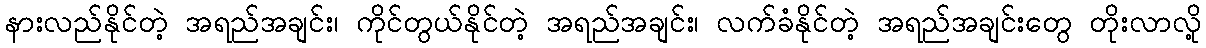
နားလည်နိုင်တဲ့ အရည်အချင်း၊ ကိုင်တွယ်နိုင်တဲ့ အရည်အချင်း၊ လက်ခံနိုင်တဲ့ အရည်အချင်းတွေ တိုးလာလို့